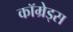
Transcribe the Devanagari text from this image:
कॉम्रेड्स